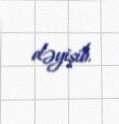
dəyişib.